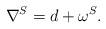
LaTeX: \begin{align*}\nabla^S = d + \omega^S.\end{align*}